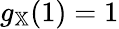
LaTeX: g_{\mathbb{X}}(1)=1